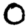
Digit: 0